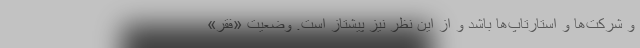
و شرکت‌ها و استارتاپ‌ها باشد و از این نظر نیز پیشتاز است. وضعیت «فقر»